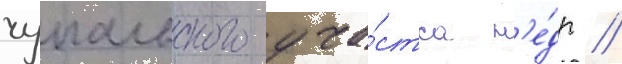
чупальского уча́стка н'е́др /